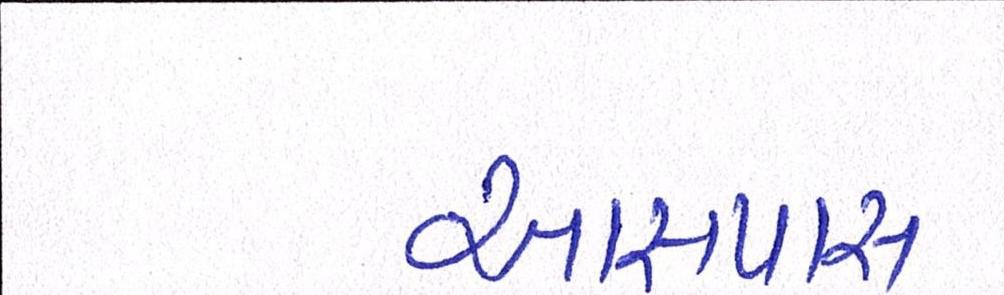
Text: આસપાસ